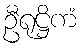
ဦရုဋ္ဌိကံ